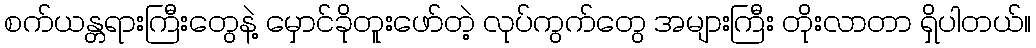
စက်ယန္တရားကြီးတွေနဲ့ မှောင်ခိုတူးဖော်တဲ့ လုပ်ကွက်တွေ အများကြီး တိုးလာတာ ရှိပါတယ်။